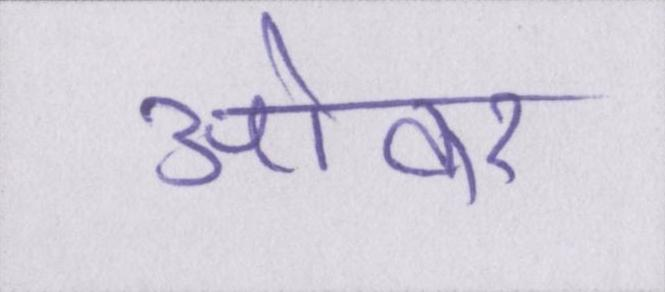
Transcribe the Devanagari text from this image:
ओवर